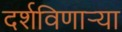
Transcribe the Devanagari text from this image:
दर्शविणार्‍या